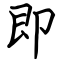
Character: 即